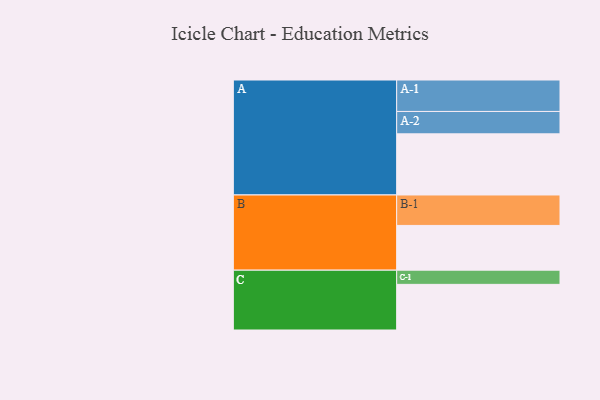
{"axis": {"x": "Segment", "y": "Value"}, "legend": ["", "A", "B", "C"], "data": [{"x": "A", "y": 552, "type": ""}, {"x": "B", "y": 404, "type": ""}, {"x": "C", "y": 412, "type": ""}, {"x": "A-1", "y": 284, "type": "A"}, {"x": "A-2", "y": 202, "type": "A"}, {"x": "B-1", "y": 275, "type": "B"}, {"x": "C-1", "y": 128, "type": "C"}]}